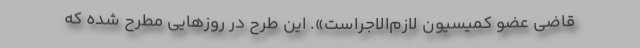
قاضی عضو کمیسیون لازم‌الاجراست». این طرح در روزهایی مطرح‌ شده که